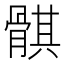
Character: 𱅱